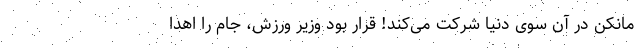
مانکن در آن سوی دنیا شرکت می‌کند! قرار بود وزیر ورزش، جام را اهدا